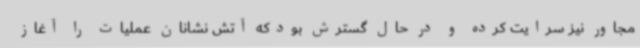
مجاور نیز سرایت کرده و در حال گسترش بودکه آتش نشانان عملیات را آغاز